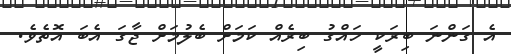
އެ ގަންނަ ބިރަކީ ހައްގު ބިރެއް ކަމަށް ބެލުމަށް ޖާގަ އެބަ އޮތެވެ.